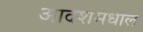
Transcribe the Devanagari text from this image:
आदेशमधील